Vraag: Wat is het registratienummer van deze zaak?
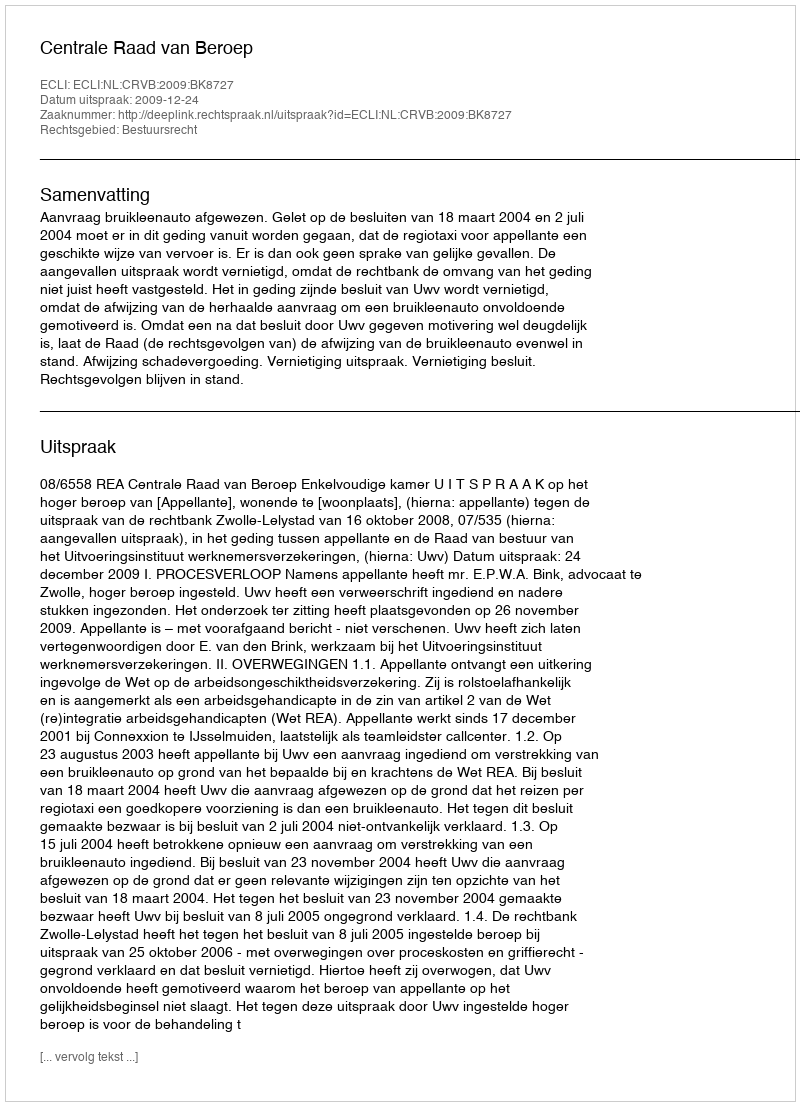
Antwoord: http://deeplink.rechtspraak.nl/uitspraak?id=ECLI:NL:CRVB:2009:BK8727